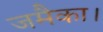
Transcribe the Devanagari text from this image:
जमैका।